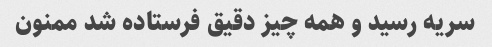
سریه رسید و همه چیز دقیق فرستاده شد ممنون